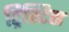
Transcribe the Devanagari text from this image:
ट्रिस्टिस